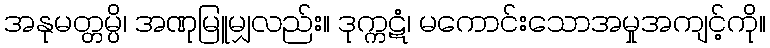
အနုမတ္တမ္ပိ၊ အဏုမြူမျှလည်း။ ဒုက္ကဋံ၊ မကောင်းသောအမှုအကျင့်ကို။